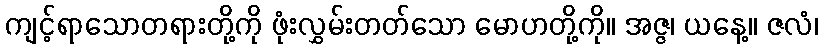
ကျင့်ရာသောတရားတို့ကို ဖုံးလွှမ်းတတ်သော မောဟတို့ကို။ အဇ္ဇ၊ ယနေ့။ ဇလံ၊